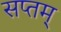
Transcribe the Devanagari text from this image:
सप्तम्‌